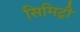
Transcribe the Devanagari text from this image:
सिमिट्री